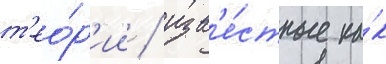
т'ео́р'ии / изв'е́стные ка́к